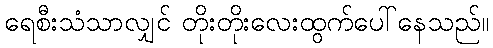
ရေစီးသံသာလျှင် တိုးတိုးလေးထွက်ပေါ်နေသည်။